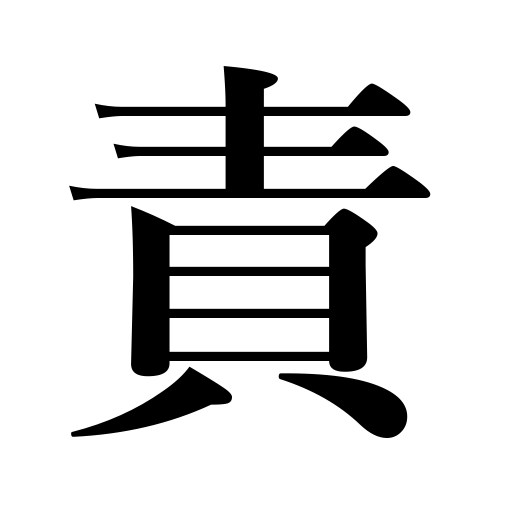
Meanings: censure,torture,criticize,urge,condemn,blame,persecute,tease to do something,take to task